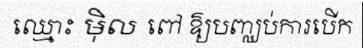
ឈ្មោះ ម៉ិល ពៅ ឱ្យបញ្ឈប់ការបើក